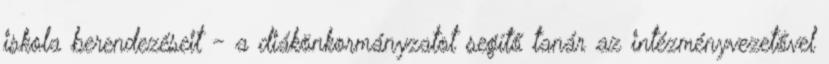
iskola berendezéseit - a diákönkormányzatot segítő tanár az intézményvezetővel